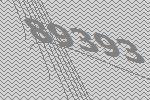
89393